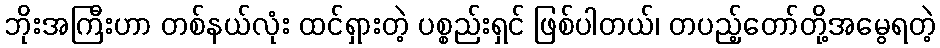
ဘိုးအကြီးဟာ တစ်နယ်လုံး ထင်ရှားတဲ့ ပစ္စည်းရှင် ဖြစ်ပါတယ်၊ တပည့်တော်တို့အမွေရတဲ့